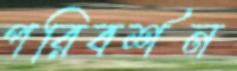
পরিবর্শন